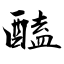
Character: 醘